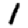
Digit: 1